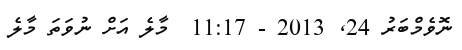
ނޮވެމްބަރު 24